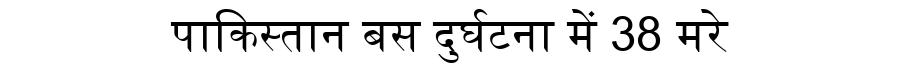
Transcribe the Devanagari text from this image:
पाकिस्तान बस दुर्घटना में 38 मरे